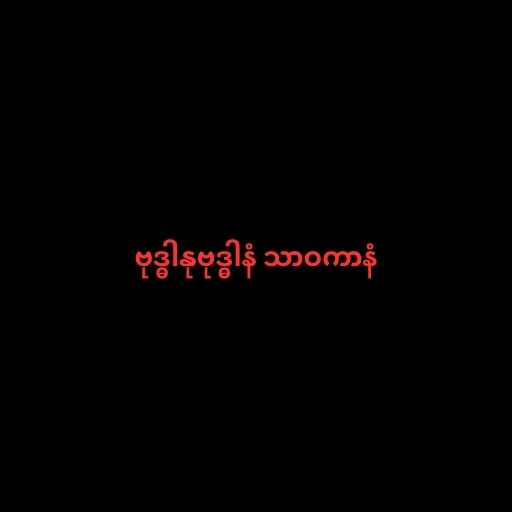
ဗုဒ္ဓါနုဗုဒ္ဓါနံ သာဝကာနံ